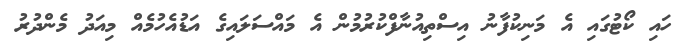
ހައި ކޯޓުގައި އެ މަނިކުފާނު އިސްތިއުނާފްކުރުމުން އެ މައްސަލައިގެ އަޑުއެހުމެއް މިއަދު މެންދުރު